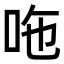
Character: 𠰹